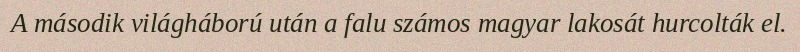
A második világháború után a falu számos magyar lakosát hurcolták el.